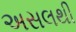
અસલથી